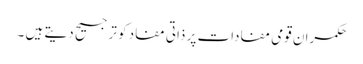
حکمران قومی مفادات پر ذاتی مفاد کو ترجیح دیتے ہیں ۔